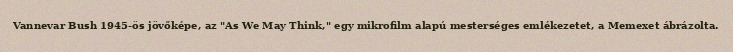
Vannevar Bush 1945-ös jövőképe, az "As We May Think," egy mikrofilm alapú mesterséges emlékezetet, a Memexet ábrázolta.